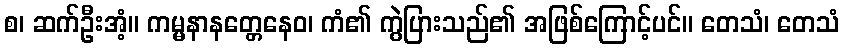
စ၊ ဆက်ဦးအံ့။ ကမ္မနာနတ္တေနေဝ၊ ကံ၏ ကွဲပြားသည်၏ အဖြစ်ကြောင့်ပင်။ တေသံ၊ တေသံ